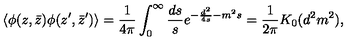
\langle \phi ( z , \bar { z } ) \phi ( z ^ { \prime } , \bar { z } ^ { \prime } ) \rangle = { \frac { 1 } { 4 \pi } } \int _ { 0 } ^ { \infty } { \frac { d s } { s } } e ^ { - { \frac { d ^ { 2 } } { 4 s } } - m ^ { 2 } s } = { \frac { 1 } { 2 \pi } } K _ { 0 } ( d ^ { 2 } m ^ { 2 } ) ,